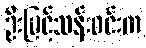
ဦးမြင့်သန်းဝင်းက